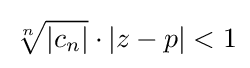
{\sqrt[{n}]{|c_{n}|}}\cdot |z-p|<1